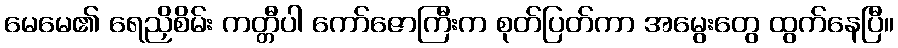
မေမေ၏ ရေညှိစိမ်း ကတ္တီပါ ကော်ဇောကြီးက စုတ်ပြတ်ကာ အမွေးတွေ ထွက်နေပြီ။